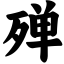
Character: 殚